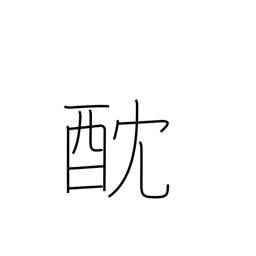
Meaning: poison